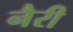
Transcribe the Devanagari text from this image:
नैरी